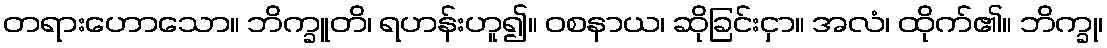
တရားဟောသော။ ဘိက္ခူတိ၊ ရဟန်းဟူ၍။ ဝစနာယ၊ ဆိုခြင်းငှာ။ အလံ၊ ထိုက်၏။ ဘိက္ခု၊